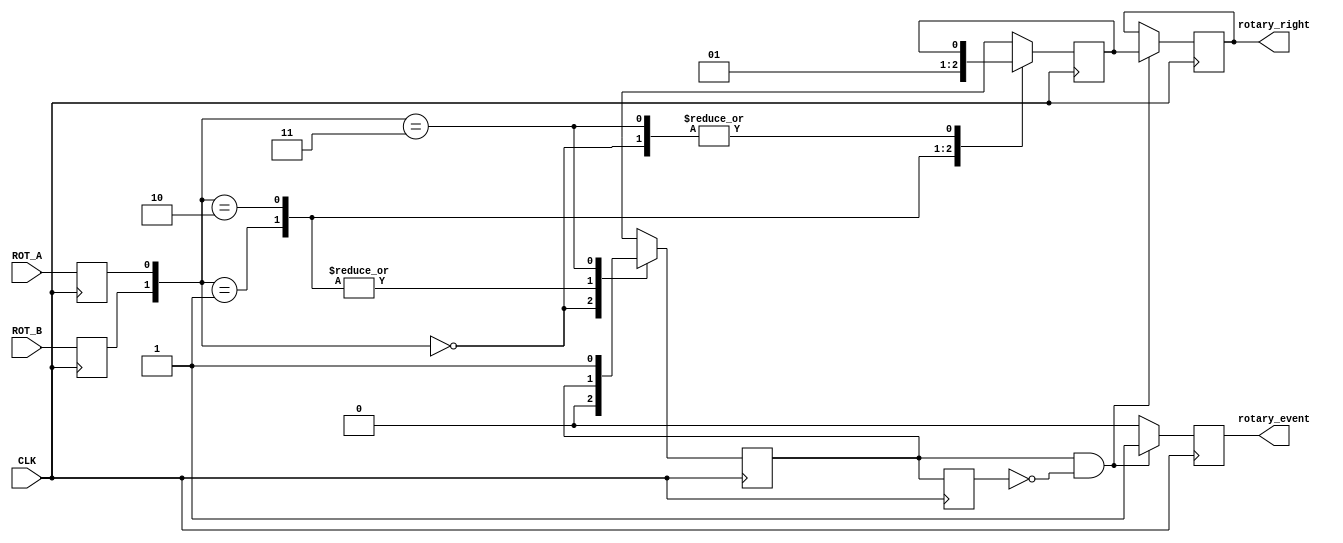
`timescale 1ns / 1ps
//////////////////////////////////////////////////////////////////////////////////
// Company: 
// Engineer: 
// 
// Design Name: 
// Module Name:    Rotation_direction 
// Project Name: 
// Target Devices: 
// Tool versions: 
// Description: 
//
// Dependencies: 
//
// Revision: 
// Revision 0.01 - File Created
// Additional Comments: 
//
//////////////////////////////////////////////////////////////////////////////////
module Rotation_direction(
    input CLK,
    input ROT_A,
    input ROT_B,
    output reg rotary_event,
    output reg rotary_right
    );
	
reg rotary_q1,rotary_q2;
reg delay_rotary_q1;
reg ROT_A_TEMP,ROT_B_TEMP;

always @(posedge CLK)
begin
	ROT_A_TEMP<=ROT_A;
	ROT_B_TEMP<=ROT_B;	
end

always @(posedge CLK)// filter
begin
	case ({ROT_B_TEMP,ROT_A_TEMP})
	2'b00:begin
		rotary_q1 <= 1'b0;
		rotary_q2 <= rotary_q2;
		end
	2'b01:begin
		rotary_q1 <= rotary_q1;
		rotary_q2 <= 1'b0;
		end
	2'b10:begin
		rotary_q1 <= rotary_q1;
		rotary_q2 <= 1'b1;
		end
	2'b11:begin
		rotary_q1 <= 1'b1;
		rotary_q2 <= rotary_q2;
		end
	default:	begin
				rotary_q1 <= rotary_q1;
			   rotary_q2 <= rotary_q2;
				end
	endcase
end

always @(posedge CLK)//dorectopm
begin
	delay_rotary_q1 <= rotary_q1;
	if( (rotary_q1==1'b1) && (delay_rotary_q1==1'b0) )//rotary_q1 == 1 and delay_rotary_q1 == 0
	begin
		rotary_event <= 1'b1;
		rotary_right  <= rotary_q2;
	end else begin
		rotary_event <= 1'b0;
		rotary_right  <= rotary_right;
	end
end
	
endmodule